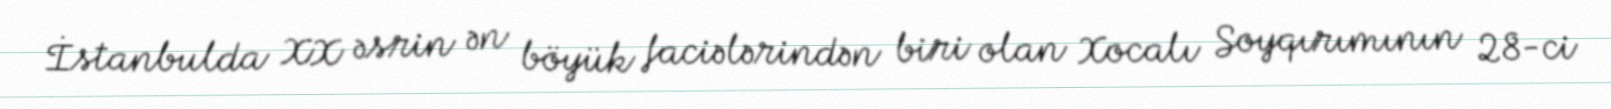
İstanbulda XX əsrin ən böyük faciələrindən biri olan Xocalı Soyqırımının 28-ci